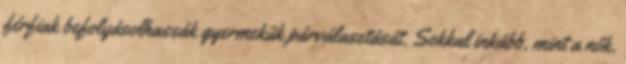
férﬁak befolyásolhassák gyermekük párválasztását. Sokkal inkább, mint a nők.